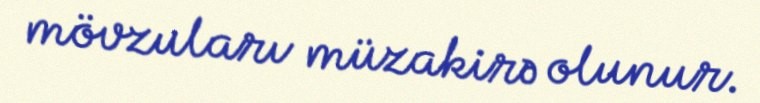
mövzuları müzakirə olunur.